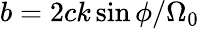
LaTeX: b=2ck\sin\phi/\Omega_{0}